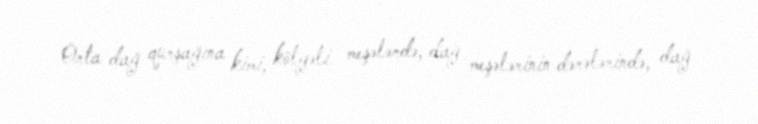
Orta dağ qurşağına kimi, kölgəli meşələrdə, dağ meşələrinin dərələrində, dağ